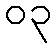
၀၃